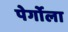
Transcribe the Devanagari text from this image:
पेर्गोला